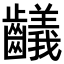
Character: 𪙴